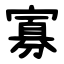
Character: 寡